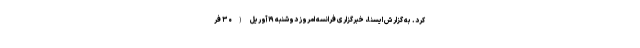
کرد. به گزارش ایسنا، خبرگزاری فرانسه امروز دوشنبه ۱۹ آوریل (۳۰ فر